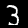
Digit: 3